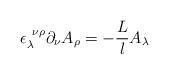
LaTeX: \begin{align*}\epsilon_\lambda^{~\nu\rho} \partial_\nu A_\rho = -\frac{L}l A_\lambda\end{align*}